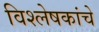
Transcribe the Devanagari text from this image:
विश्लेषकांचे